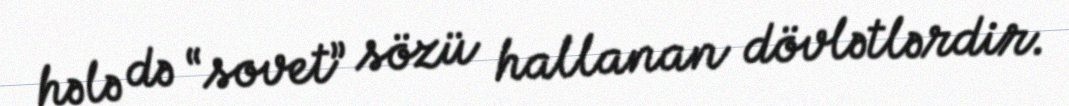
hələ də “sovet” sözü hallanan dövlətlərdir.